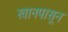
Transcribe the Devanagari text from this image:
खानपासून